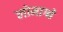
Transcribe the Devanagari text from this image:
लोमाग्ने